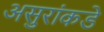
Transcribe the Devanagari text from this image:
असुरांकडे